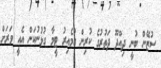
ސުޒޭން ބުނީ ދިއްދޫ ދަތުރުގެ ކުރިން އުމެއިރު ޓީމާ ގުޅުނުކަން އެއީ ވަރަށް